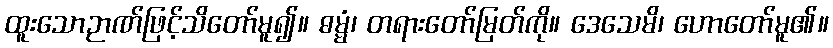
ထူးသောဉာဏ်ဖြင့်သိတော်မူ၍။ ဓမ္မံ၊ တရားတော်မြတ်ကို။ ဒေသေမိ၊ ဟောတော်မူ၏။